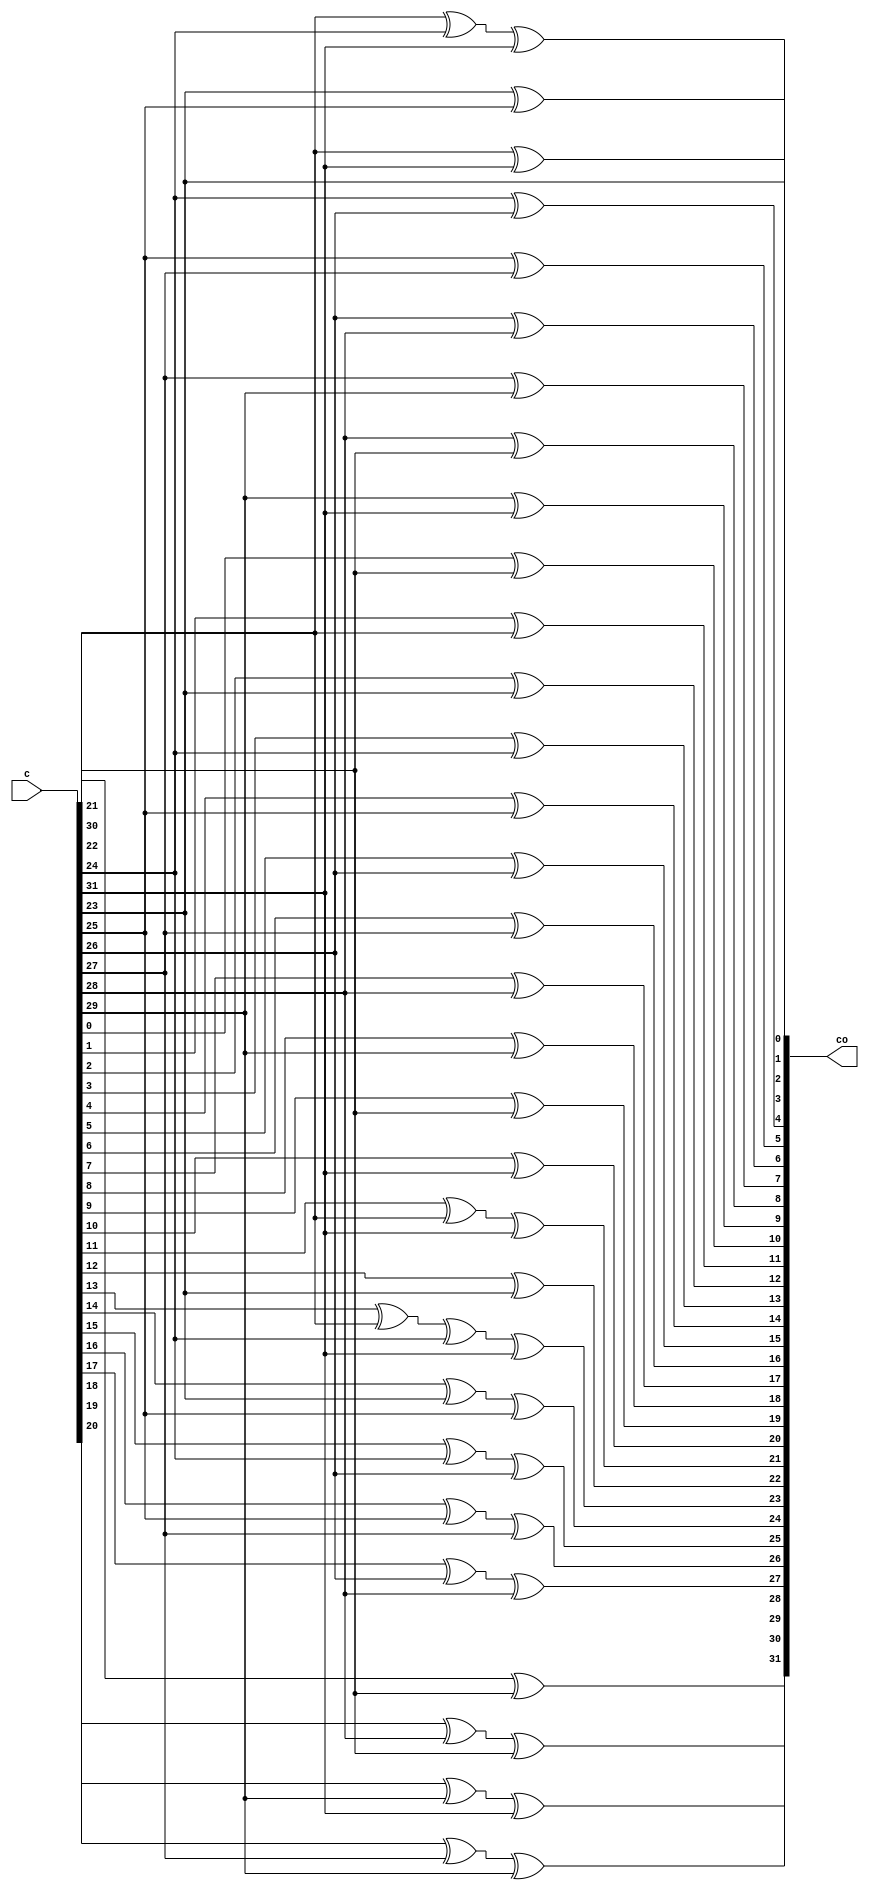
module fec_rot_10 (
    input [31:0] c,
    output [31:0] co
);

assign co[0] =
    c[22] ^ c[31];

assign co[1] =
    c[23];

assign co[2] =
    c[22] ^ c[24] ^ c[31];

assign co[3] =
    c[23] ^ c[25];

assign co[4] =
    c[24] ^ c[26];

assign co[5] =
    c[25] ^ c[27];

assign co[6] =
    c[26] ^ c[28];

assign co[7] =
    c[27] ^ c[29];

assign co[8] =
    c[28] ^ c[30];

assign co[9] =
    c[29] ^ c[31];

assign co[10] =
    c[0] ^ c[30];

assign co[11] =
    c[1] ^ c[22];

assign co[12] =
    c[2] ^ c[23];

assign co[13] =
    c[3] ^ c[24];

assign co[14] =
    c[4] ^ c[25];

assign co[15] =
    c[5] ^ c[26];

assign co[16] =
    c[6] ^ c[27];

assign co[17] =
    c[7] ^ c[28];

assign co[18] =
    c[8] ^ c[29];

assign co[19] =
    c[9] ^ c[30];

assign co[20] =
    c[10] ^ c[31];

assign co[21] =
    c[11] ^ c[22] ^ c[31];

assign co[22] =
    c[12] ^ c[23];

assign co[23] =
    c[13] ^ c[22] ^ c[24] ^ c[31];

assign co[24] =
    c[14] ^ c[23] ^ c[25];

assign co[25] =
    c[15] ^ c[24] ^ c[26];

assign co[26] =
    c[16] ^ c[25] ^ c[27];

assign co[27] =
    c[17] ^ c[26] ^ c[28];

assign co[28] =
    c[18] ^ c[27] ^ c[29];

assign co[29] =
    c[19] ^ c[28] ^ c[30];

assign co[30] =
    c[20] ^ c[29] ^ c[31];

assign co[31] =
    c[21] ^ c[30];

endmodule